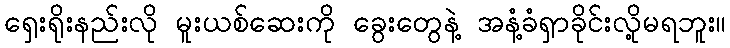
ရှေးရိုးနည်းလို မူးယစ်ဆေးကို ခွေးတွေနဲ့ အနံ့ခံရှာခိုင်းလို့မရဘူး။